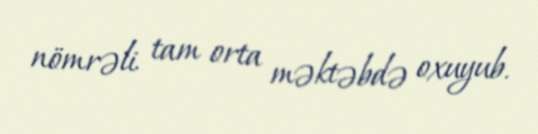
nömrəli tam orta məktəbdə oxuyub.